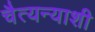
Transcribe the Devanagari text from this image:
चैत्यन्याशी